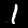
Label: 1